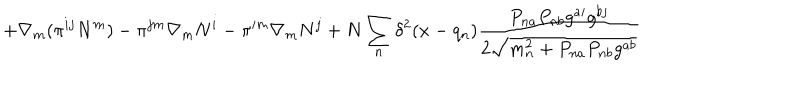
LaTeX: + \nabla _ { m } ( \pi ^ { i j } N ^ { m } ) - \pi ^ { j m } \nabla _ { m } N ^ { i } - \pi ^ { i m } \nabla _ { m } N ^ { j } + N \sum _ { n } \delta ^ { 2 } ( x - q _ { n } ) \frac { P _ { n a } P _ { n b } g ^ { a i } g ^ { b j } } { 2 \sqrt { m _ { n } ^ { 2 } + P _ { n a } P _ { n b } g ^ { a b } } }